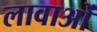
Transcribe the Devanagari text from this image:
लावाओं